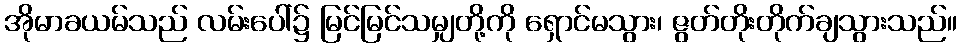
အိုမာခယမ်သည် လမ်းပေါ်၌ မြင်မြင်သမျှတို့ကို ရှောင်မသွား၊ ဇွတ်တိုးတိုက်ချသွားသည်။